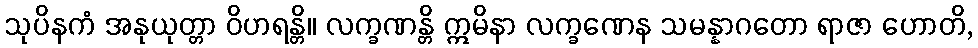
သုပိနကံ အနုယုတ္တာ ဝိဟရန္တိ။ လက္ခဏန္တိ ဣမိနာ လက္ခဏေန သမန္နာဂတော ရာဇာ ဟောတိ,